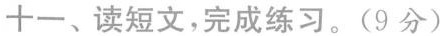
十一、读短文，完成练习。(9分)